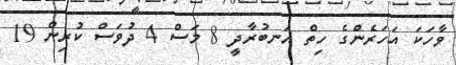
ވާހަކަ އަހަރެންގެ ހިތް އަނބުރާދީ 8 މަސް 4 ދުވަސް ކުރިން 19